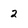
Character: 2